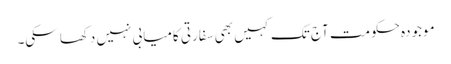
موجودہ حکومت آج تک کہیں بھی سفارتی کامیابی نہیں دکھا سکی۔